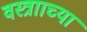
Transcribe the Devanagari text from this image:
वस्त्रााच्या